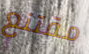
مقتنع